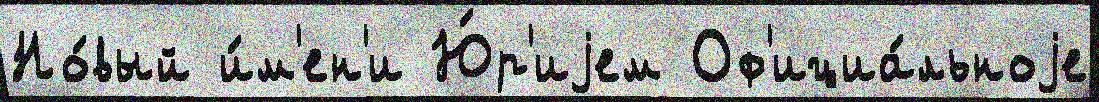
Но́вый и́м'ен'и Ю́р'иjем Оф'ициа́льноjе